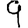
Digit: 9